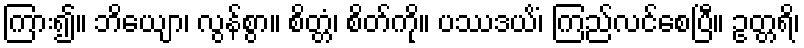
ကြား၍။ ဘိယျော၊ လွန်စွာ။ စိတ္တံ၊ စိတ်ကို။ ပဿဒယိံ၊ ကြည်လင်စေပြီ။ ဥတ္တရိ၊